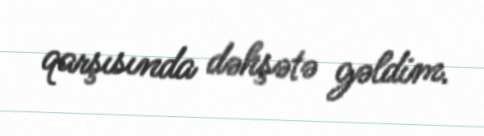
qarşısında dəhşətə gəldim.